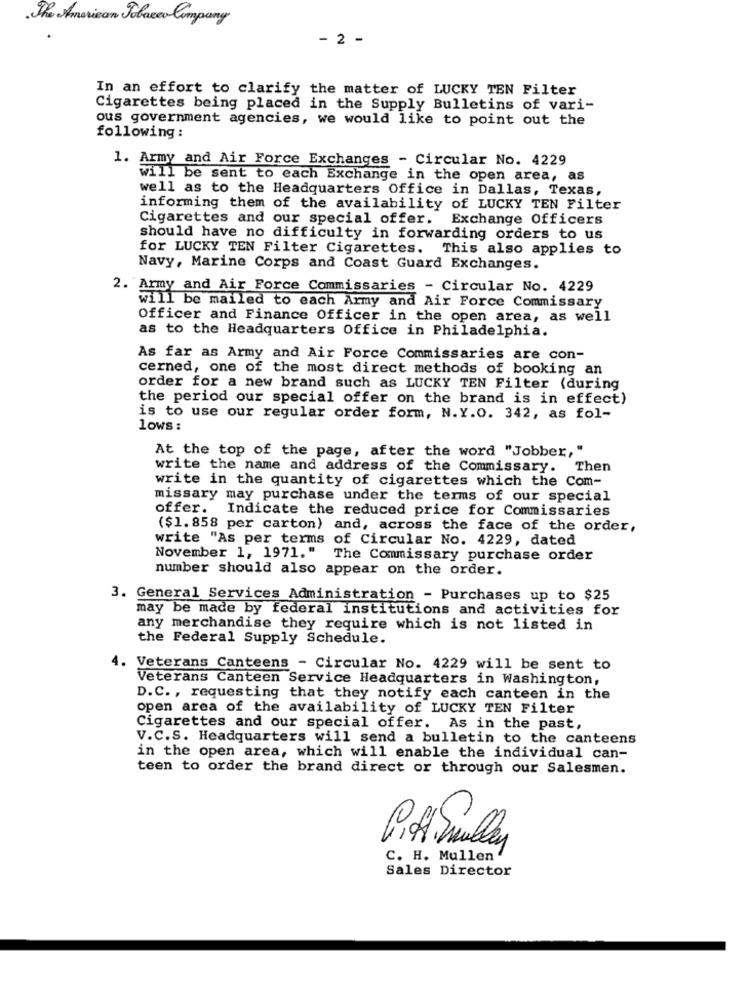
The American Tobacco Company
- 2 -
In an effort to clarify the matter of LUCKY TEN Filter
Cigarettes being placed in the Supply Bulletins of vari-
ous government agencies, we would like to point out the
following :
1. Army and Air Force Exchanges - Circular No. 4229
will be sent to each Exchange in the open area, as
well as to the Headquarters Office in Dallas, Texas,
informing them of the availability of LUCKY TEN Filter
Cigarettes and our special offer. Exchange Officers
should have no difficulty in forwarding orders to us
for LUCKY TEN Filter Cigarettes. This also applies to
Navy, Marine Corps and Coast Guard Exchanges.
2. Army and Air Force Commissaries - Circular No. 4229
will be mailed to each Army and Air Force Commissary
Officer and Finance Officer in the open area, as well
as to the Headquarters Office in Philadelphia.
As far as Army and Air Force Commissaries are con-
cerned, one of the most direct methods of booking an
order for a new brand such as LUCKY TEN Filter (during
the period our special offer on the brand is in effect)
is to use our regular order form, N.Y.O. 342, as fol-
lows:
At the top of the page, after the word "Jobber,"
write the name and address of the Commissary. Then
write in the quantity of cigarettes which the Com-
missary may purchase under the terms of our special
offer.
Indicate the reduced price for Commissaries
($1.858 per carton) and, across the face of the order,
write "As per terms of Circular No. 4229, dated
November 1, 1971."
The Commissary purchase order
number should also appear on the order.
3. General Services Administration - Purchases up to $25
may be made by federal institutions and activities for
any merchandise they require which is not listed in
the Federal Supply Schedule.
. Veterans Canteens - Circular No. 4229 will be sent to
Veterans Canteen Service Headquarters in Washington,
D.C. , requesting that they notify each canteen in the
open area of the availability of LUCKY TEN Filter
Cigarettes and our special offer. As in the past,
V.C.S. Headquarters will send a bulletin to the canteens
in the open area, which will enable the individual can-
teen to order the brand direct or through our Salesmen.
Pit Sully
C. H. Mullen
Sales Director